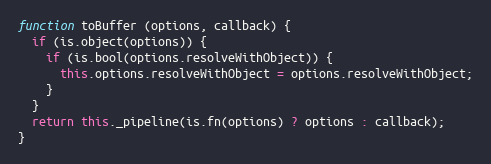
Language: JavaScript
function toBuffer (options, callback) {
  if (is.object(options)) {
    if (is.bool(options.resolveWithObject)) {
      this.options.resolveWithObject = options.resolveWithObject;
    }
  }
  return this._pipeline(is.fn(options) ? options : callback);
}